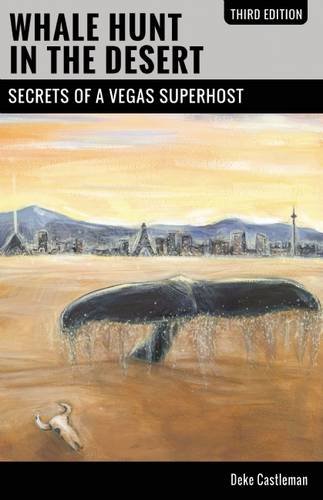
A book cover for Whale Hunt in the Desert: Secrets of a Vegas Superhost; Deke Castleman; Humor & Entertainment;